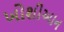
ખોશીઆન